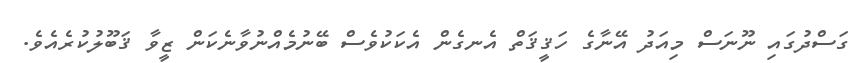
ގަސްދުގައި ނޫނަސް މިއަދު އޭނާގެ ހަޤީޤަތް އެނގެން އެކަކުވެސް ބޭނުމެއްނުވާނެކަން ޒީވާ ޤަބޫލުކުރެއެވެ.